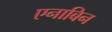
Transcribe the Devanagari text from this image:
एनाबिन